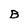
Character: B